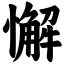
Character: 懈